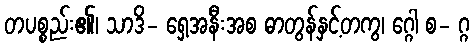
တပစ္စည်း၏၊ သာဒိ- ရှေ့အနီးအစ ဓာတွန်နှင့်တကွ၊ ဂ္ဂေါ စ- ဂ္ဂ